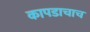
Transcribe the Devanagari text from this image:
कापडाचाच